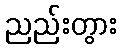
ညည်းတွား